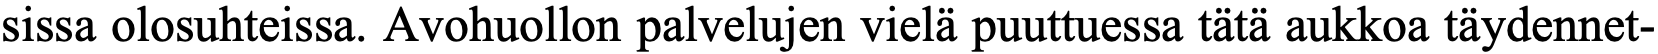
sissa olosuhteissa. Avohuollon palvelujen vielä puuttuessa tätä aukkoa täydennet-